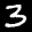
Label: 3